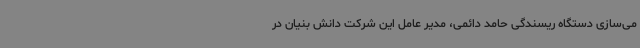
می‌سازی دستگاه ریسندگی حامد دائمی، مدیر عامل این شرکت دانش بنیان در